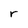
Character: r